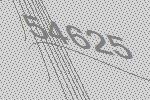
54625